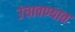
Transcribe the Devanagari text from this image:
उंचावण्यात